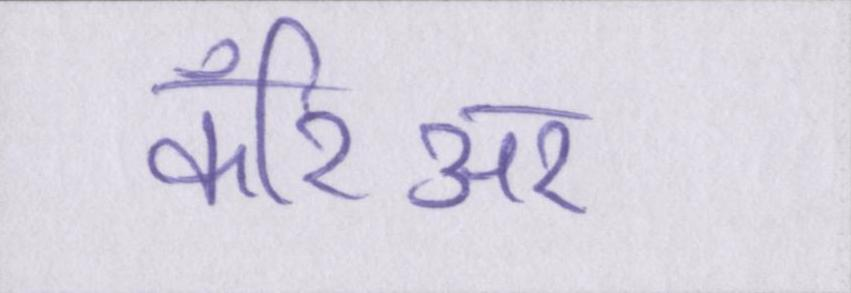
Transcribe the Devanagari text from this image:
कॅरिअर